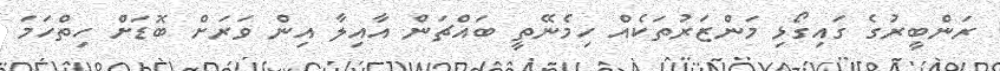
ރަންބީރުގެ ގައިގޯޅި މަންޒަރުތަކެއް ހިމެނޭތީ ބައްޗަން އާއިލާ އިން ވަރަށް ބޮޑަށް ހިތްހަމަ